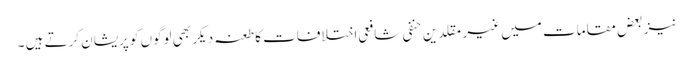
نیز بعض مقامات میں غیر مقلدین حنفی شافعی اختلافات کا طعنہ دیکر بھی لوگوں کو پریشان کرتے ہیں ۔